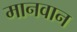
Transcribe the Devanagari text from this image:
मानवान